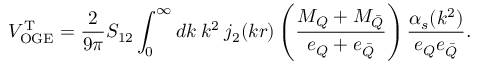
V _ { \mathrm { O G E } } ^ { \mathrm { T } } = \frac { 2 } { 9 \pi } S _ { 1 2 } \int _ { 0 } ^ { \infty } d k \: k ^ { 2 } \: j _ { 2 } ( k r ) \left( \frac { M _ { Q } + M _ { \bar { Q } } } { e _ { Q } + e _ { \bar { Q } } } \right) \frac { \alpha _ { s } ( k ^ { 2 } ) } { e _ { Q } e _ { \bar { Q } } } .